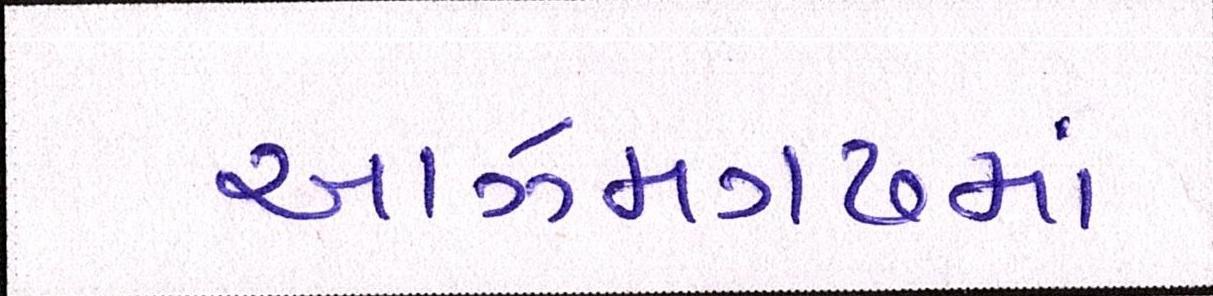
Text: આઝમગઢમાં